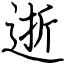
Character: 逝